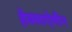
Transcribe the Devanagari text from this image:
हेक्साऐमीन